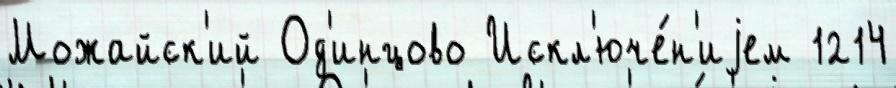
Можайск'ий Од'инцово Искл'юче́н'иjем 1214